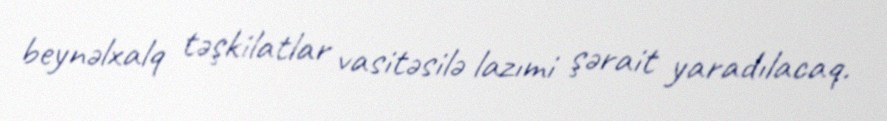
beynəlxalq təşkilatlar vasitəsilə lazımi şərait yaradılacaq.